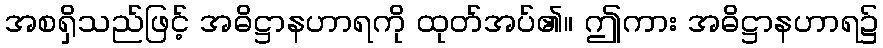
အစရှိသည်ဖြင့် အဓိဋ္ဌာနဟာရကို ထုတ်အပ်၏။ ဤကား အဓိဋ္ဌာနဟာရ၌